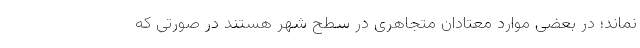
نماند؛ در بعضی موارد معتادان متجاهری در سطح شهر هستند در صورتی که